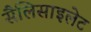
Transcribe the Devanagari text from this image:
सैलिसाइलेट